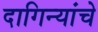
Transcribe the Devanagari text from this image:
दागिन्यांचे